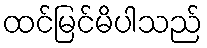
ထင်မြင်မိပါသည်